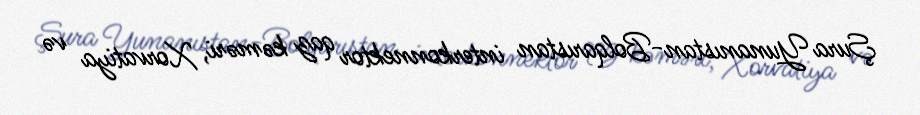
Şura Yunanıstan-Bolqarıstan interkonnektor qaz kəməri, Xorvatiya və